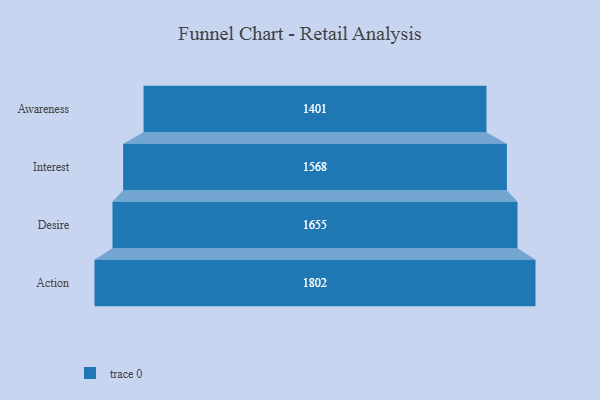
{"axis": {"x": "Stage", "y": "Value"}, "legend": [""], "data": [{"x": "Awareness", "y": 1401.0, "type": ""}, {"x": "Interest", "y": 1568.0, "type": ""}, {"x": "Desire", "y": 1655.0, "type": ""}, {"x": "Action", "y": 1802.0, "type": ""}]}